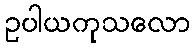
ဥပါယကုသလော